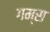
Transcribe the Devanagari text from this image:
गम्स